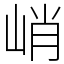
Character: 峭